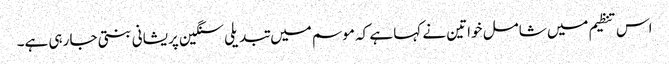
اس تنظیم میں شامل خواتین نے کہا ہے کہ موسم میں تبدیلی سنگین پریشانی بنتی جا رہی ہے۔